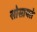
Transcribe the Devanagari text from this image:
सोसायते